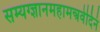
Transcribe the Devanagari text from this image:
सम्यग्ज्ञानमहामन्त्रवेदिनं